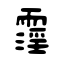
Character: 霪